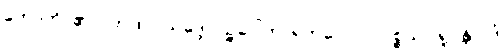
ဟောတိ၊ ၏။ (တထာ-သဒ္ဒေါ ပဉ္စဝေါကာရဘဝေ။ ပ။ ပစ္စယာ ရူပန္တိ ပဒံ